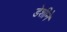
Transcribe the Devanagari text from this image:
डेशीने